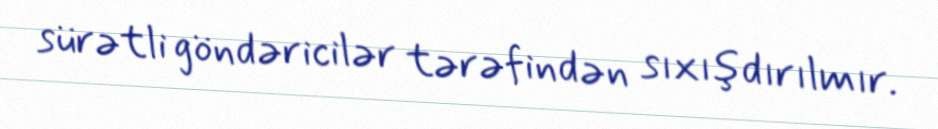
sürətli göndəricilər tərəfindən sıxışdırılmır.